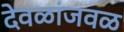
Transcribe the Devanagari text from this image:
देवळांजवळ